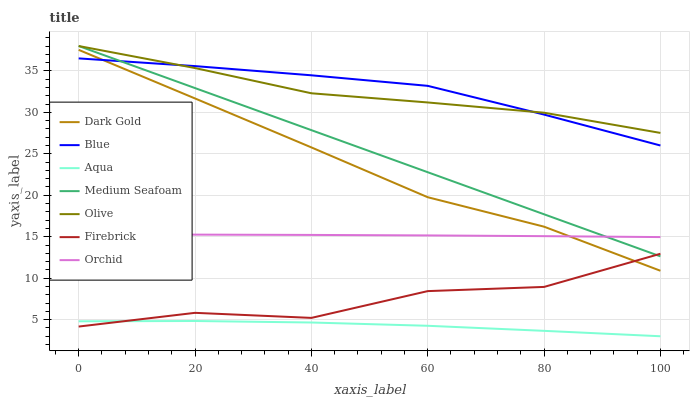
| xaxis_label | Dark Gold | Blue | Aqua | Medium Seafoam | Olive | Firebrick | Orchid |
 | --- | --- | --- | --- | --- | --- | --- | --- |
 | 0 | 37.5 | 36.5 | 4.8 | 38 | 38 | 4.17 | 15.3 |
 | 20 | 31.7 | 35.6 | 4.84 | 32.9 | 35.3 | 5.82 | 15.3 |
 | 40 | 25.8 | 34.5 | 4.66 | 27.9 | 32.3 | 5.21 | 15.2 |
 | 60 | 19.8 | 33.2 | 4.26 | 22.8 | 31.2 | 8.44 | 15.2 |
 | 80 | 16.2 | 29.7 | 3.65 | 17.7 | 30 | 8.95 | 15.1 |
 | 100 | 10.9 | 26 | 3 | 12.6 | 27.5 | 12.9 | 15 |